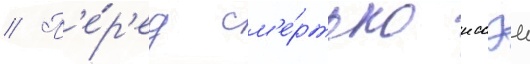
// П'е́р'ед см'е́ртью иссэи